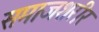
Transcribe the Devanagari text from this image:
समाजशरीर